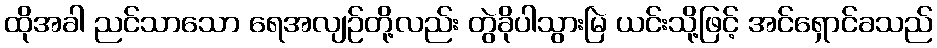
ထိုအခါ ညင်သာသော ရေအလျဉ်တို့လည်း တွဲခိုပါသွားမြဲ ယင်းသို့ဖြင့် အင်ရှောင်ခသည်